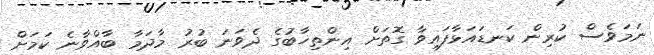
ނަމަވެސް ކުރިން ކަނޑައަޅާފައިވާ ގޮތަށް އިންތިޚާބުގެ ދެވަނަ ބުރު މާދަމާ ބާއްވާނެ ކަމަށް